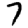
Digit: 7